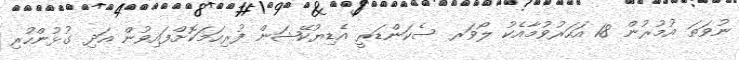
ނުވަތަ އުމުރުން 18 އަހަރުވުމާއެކު ލޯވަރ ސެކަންޑަރީ އެޑިޔުކޭޝަން ފުރިހަމަކޮށްފައިވުން އަދި ގުޅުންހުރި